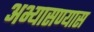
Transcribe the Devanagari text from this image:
अभ्यासण्यास